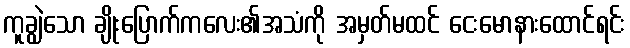
ကူချွဲသော ချိုးပြောက်ကလေး၏အသံကို အမှတ်မထင် ငေးမောနားထောင်ရင်း